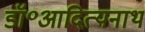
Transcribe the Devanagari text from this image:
डॉ॰आदित्यनाथ